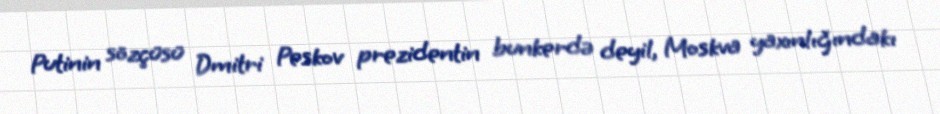
Putinin sözçüsü Dmitri Peskov prezidentin bunkerdə deyil, Moskva yaxınlığındakı